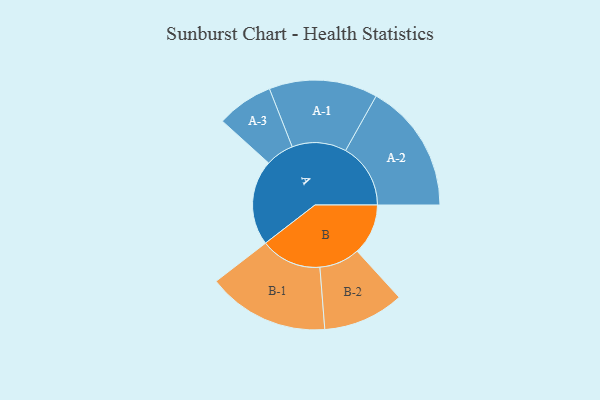
{"axis": {"x": "Segment", "y": "Value"}, "legend": ["", "A", "B"], "data": [{"x": "A", "y": 335, "type": ""}, {"x": "B", "y": 200, "type": ""}, {"x": "A-1", "y": 213, "type": "A"}, {"x": "A-2", "y": 255, "type": "A"}, {"x": "A-3", "y": 111, "type": "A"}, {"x": "B-1", "y": 239, "type": "B"}, {"x": "B-2", "y": 159, "type": "B"}]}